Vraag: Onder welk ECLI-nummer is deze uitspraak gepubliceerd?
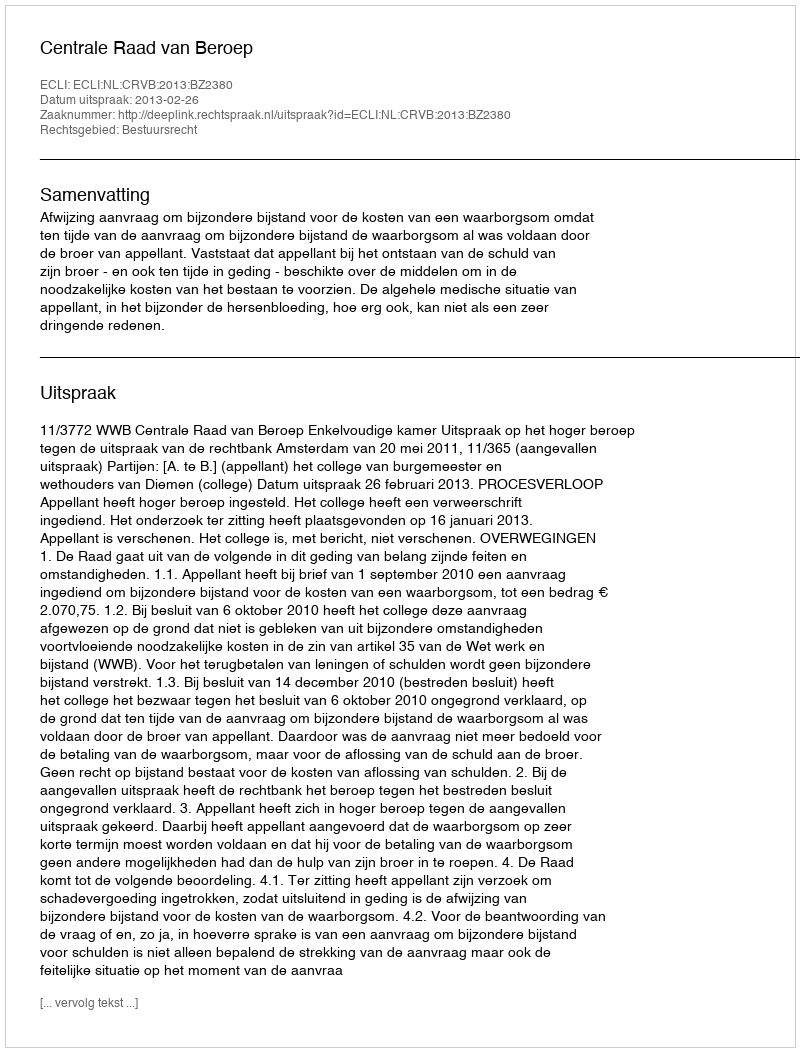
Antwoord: ECLI:NL:CRVB:2013:BZ2380